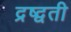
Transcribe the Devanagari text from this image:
द्रष्द्वती